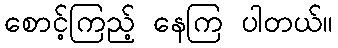
စောင့်ကြည့် နေကြ ပါတယ်။